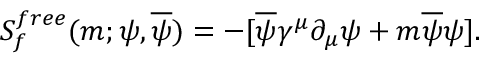
S _ { f } ^ { f r e e } ( m ; \psi , \overline { { \psi } } ) = - \lbrack \overline { { \psi } } \gamma ^ { \mu } \partial _ { \mu } \psi + m \overline { { \psi } } \psi \rbrack .